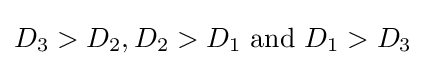
D_{3}>D_{2},D_{2}>D_{1}\ {\text{and}}\ D_{1}>D_{3}